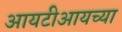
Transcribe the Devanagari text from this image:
आयटीआयच्या